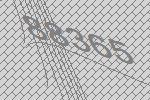
88365